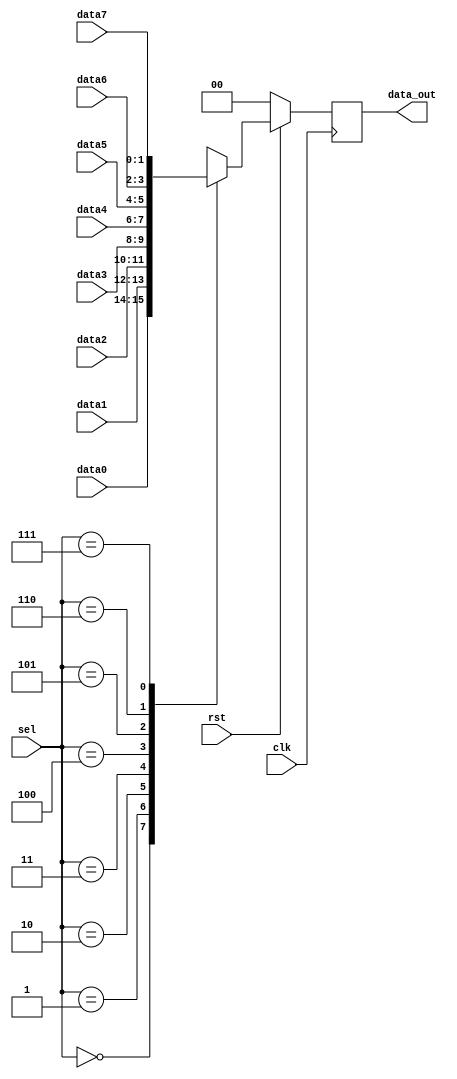
//
// Verilog Module mopshub_lib.mux8_Nbit_arc
//
// Created:
//          by - dcs.dcs (chipdev2.physik.uni-wuppertal.de)
//          at - 17:22:16 02/22/21
//
// using Mentor Graphics HDL Designer(TM) 2019.4 (Build 4)
//

`resetall
`timescale 1ns/10ps
module mux8_Nbit( 
   // Port Declarations
   input   wire            clk, 
   input   wire            rst,  
   input   wire    [1:0]  data0, 
   input   wire    [1:0]  data1, 
   input   wire    [1:0]  data2, 
   input   wire    [1:0]  data3, 
   input   wire    [1:0]  data4, 
   input   wire    [1:0]  data5, 
   input   wire    [1:0]  data6, 
   input   wire    [1:0]  data7, 
   input   wire    [2:0]  sel, 
   output  wire    [1:0]  data_out
);


// Internal Declarations
reg [1:0] data_out_r;
initial data_out_r = 0;
assign data_out = data_out_r;
always @ (posedge clk)
if (!rst) data_out_r <=2'b0;
else  
//always @ (data0, data1, data2, data3, data4, data5, data6, data7,  sel)
begin  
   case (sel)
   3'b000  : data_out_r=data0;
   3'b001  : data_out_r=data1;
   3'b010  : data_out_r=data2;
   3'b011  : data_out_r=data3;
   3'b100  : data_out_r=data4;
   3'b101  : data_out_r=data5;
   3'b110  : data_out_r=data6;
   3'b111  : data_out_r=data7;
   default : data_out_r=2'b0;
   endcase
end

endmodule